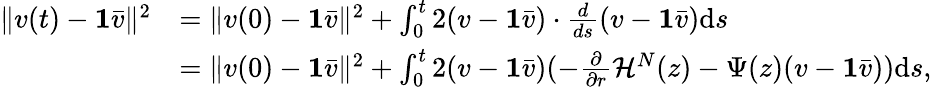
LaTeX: \begin{array}{rl}{\| v(t)-\textbf{1}\bar{v}\| ^{2}}&{=\| v(0)-\textbf{1}\bar{v}\| ^{2}+\int_{0}^{t}2(v-\textbf{1}\bar{v})\cdot\frac{d}{ds}(v-\textbf{1}\bar{v})\mathrm ds}\\ &{=\| v(0)-\textbf{1}\bar{v}\| ^{2}+\int_{0}^{t}2(v-\textbf{1}\bar{v})(-\frac{\partial}{\partial r}\mathcal H^{N}(z)-\Psi(z)(v-\textbf{1}\bar{v}))\mathrm ds,}\end{array}